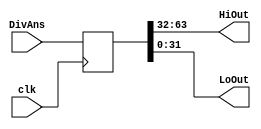
module HiLo( clk, DivAns, HiOut, LoOut );

    input clk ;
    input [63:0] DivAns ;
    output [31:0] HiOut, LoOut ;
    reg [63:0] REM;
    
    always@( posedge clk )
        REM = DivAns;

    assign HiOut = REM[63:32];
    assign LoOut = REM[31:0];
  
endmodule